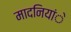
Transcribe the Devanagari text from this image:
मादनियांे